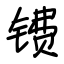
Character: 镄